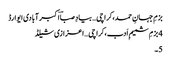
بزمِ جہانِ حمد،کراچی… بیادِ صباؔ اکبر آبادی ایوارڈ
4 بزمِ شمیمِ اَدب،کراچی… اعزازی شیلڈ
5۔